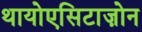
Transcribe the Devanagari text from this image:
थायोएसिटाज़ोन